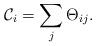
LaTeX: \begin{align*}{\cal C}_i = \sum_{j} \Theta_{ij}.\end{align*}